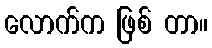
လောက်က ဖြစ် တာ။